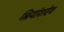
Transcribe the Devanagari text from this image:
श्रियांशदेव